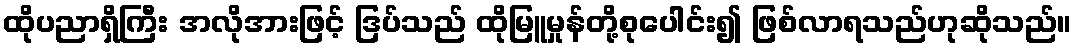
ထိုပညာရှိကြီး အလိုအားဖြင့် ဒြပ်သည် ထိုမြူမှုန်တို့စုပေါင်း၍ ဖြစ်လာရသည်ဟုဆိုသည်။